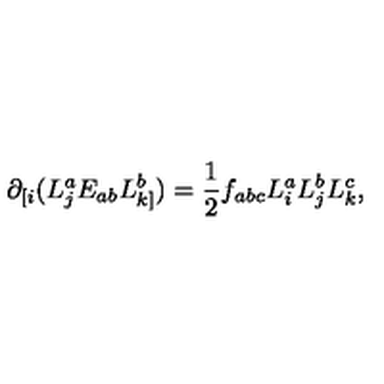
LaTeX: \partial _ { [ i } ( L _ { j } ^ { a } E _ { a b } L _ { k ] } ^ { b } ) = \frac { 1 } { 2 } f _ { a b c } L _ { i } ^ { a } L _ { j } ^ { b } L _ { k } ^ { c } ,